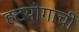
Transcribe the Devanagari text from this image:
हटयोगाची